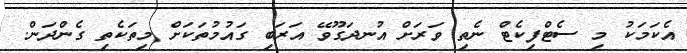
އެކަމަކު މި ސެޓްފިކެޓް ނެތި ވަރަށް އުނދަގޫވޭ އަރަބި ގައުމުތަކަށް މިތަކެތި ގެންދަން.